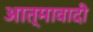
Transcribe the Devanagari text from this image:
आत्मावादी